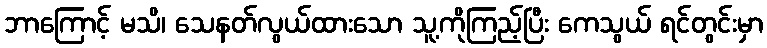
ဘာကြောင့် မသိ၊ သေနတ်လွယ်ထားသော သူ့ကိုကြည့်ပြီး ကေသွယ် ရင်တွင်းမှာ